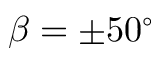
\beta = \pm 5 0 ^ { \circ }